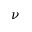
\nu